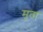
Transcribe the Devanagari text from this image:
मूता